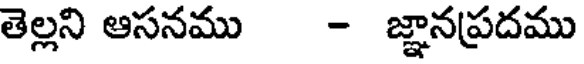
తెల్లని ఆసనము - జ్ఞానప్రదము